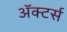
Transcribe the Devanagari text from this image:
ॲक्टर्स